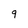
Character: 9